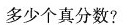
多少个真分数?